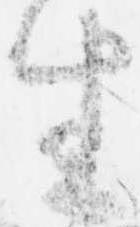
生